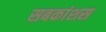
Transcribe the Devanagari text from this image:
सबकांशस